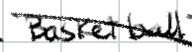
Text: Basketball
Cross-out: diagonal
Writing tool: digital_black